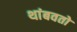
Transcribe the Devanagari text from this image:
थांबवतो